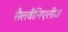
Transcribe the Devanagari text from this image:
सैलवीनिएलीज